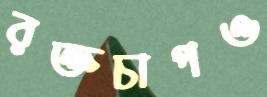
রক্তচাপও